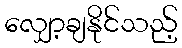
လျှော့ချနိုင်သည့်